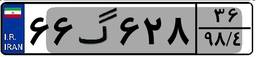
۶۶گ۶۲۸۳۶